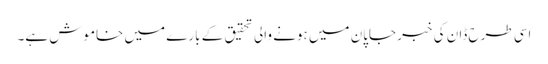
اسی طرح ڈان کی خبر جاپان میں ہونے والی تحقیق کے بارے میں خاموش ہے۔